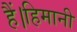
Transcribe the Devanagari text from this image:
हैं।हिमानी